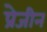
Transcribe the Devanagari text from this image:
प्रेजीन